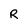
Character: R